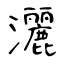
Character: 灑